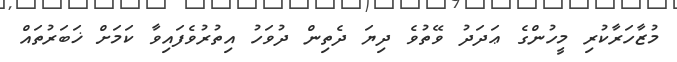
މުޒާހަރާކުރި މީހުންގެ ޢަދަދު ވޭތުވެ ދިޔަ ދެތިން ދުވަހު އިތުރުވެފައިވާ ކަމަށް ޚަބަރުތައް